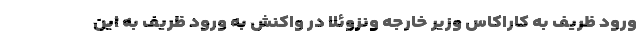
ورود ظریف به کاراکاس وزیر خارجه ونزوئلا در واکنش به ورود ظریف به این